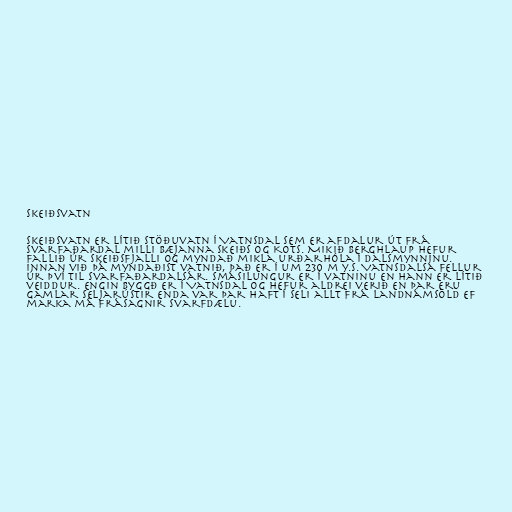
Skeiðsvatn

Skeiðsvatn er lítið stöðuvatn í Vatnsdal sem er afdalur út frá
Svarfaðardal milli bæjanna Skeiðs og Kots. Mikið berghlaup hefur
fallið úr Skeiðsfjalli og myndað mikla urðarhóla í dalsmynninu.
Innan við þá myndaðist vatnið, það er í um 230 m y.s. Vatnsdalsá fellur
úr því til Svarfaðardalsár. Smásilungur er í vatninu en hann er lítið
veiddur. Engin byggð er í Vatnsdal og hefur aldrei verið en þar eru
gamlar seljarústir enda var þar haft í seli allt frá landnámsöld ef
marka má frásagnir Svarfdælu.